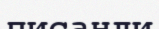
писанли